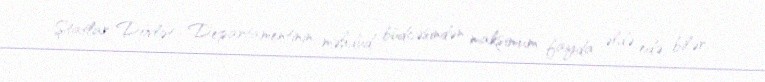
Ştatlar Dövlət Departamentinin məhdud büdcəsindən maksimum fayda əldə edə bilər.